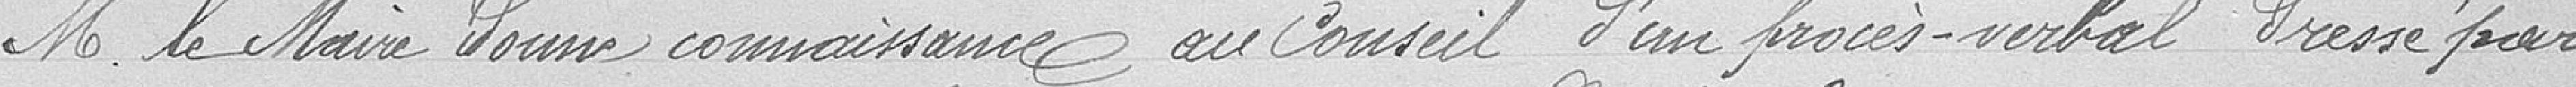
M.le Maire Donne connaissance au Conseil d'un procès-verbal Passé par